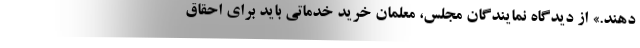
دهند.» از دیدگاه نمایندگان مجلس، معلمان خرید خدماتی باید برای احقاق